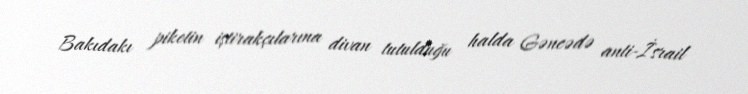
Bakıdakı piketin iştirakçılarına divan tutulduğu halda Gəncədə anti-İsrail